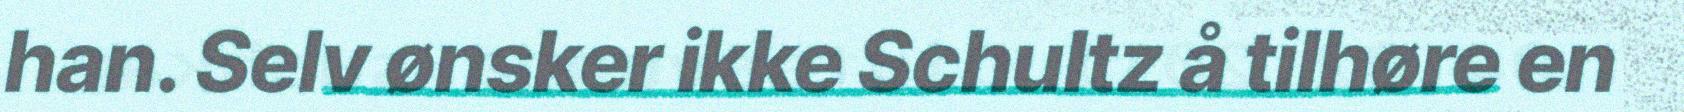
han. Selv ønsker ikke Schultz å tilhøre en